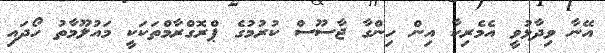
އޭނާ ވިދާޅުވީ އެމެރިކާ އިން ހިންގާ ޖާސޫސް ކުރުމުގެ ޕްރޮގްރާމްތަކަކީ މައުލޫމާތު ހޯދައި